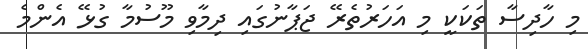
މި ހާދިސާ ތަކަކީ މި އަހަރުތެރޭ ޖަޕާނުގައި ދިމާވި މޫސުމާ ގުޅޭ އެންމެ